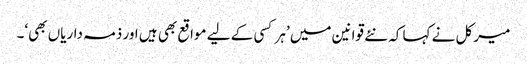
میرکل نے کہا کہ نئے قوانین میں ’ہر کسی کے لیے مواقع بھی ہیں اور ذمہ داریاں بھی‘۔